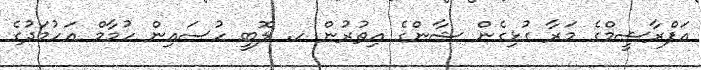
އަފްރާޝީމްގެ މަރާ ގުޅިގެން ޝާންގެ އިތުރުން ހ. ލޮބީ ހުސައިން ހުމާމް އަހުމަދުގެ